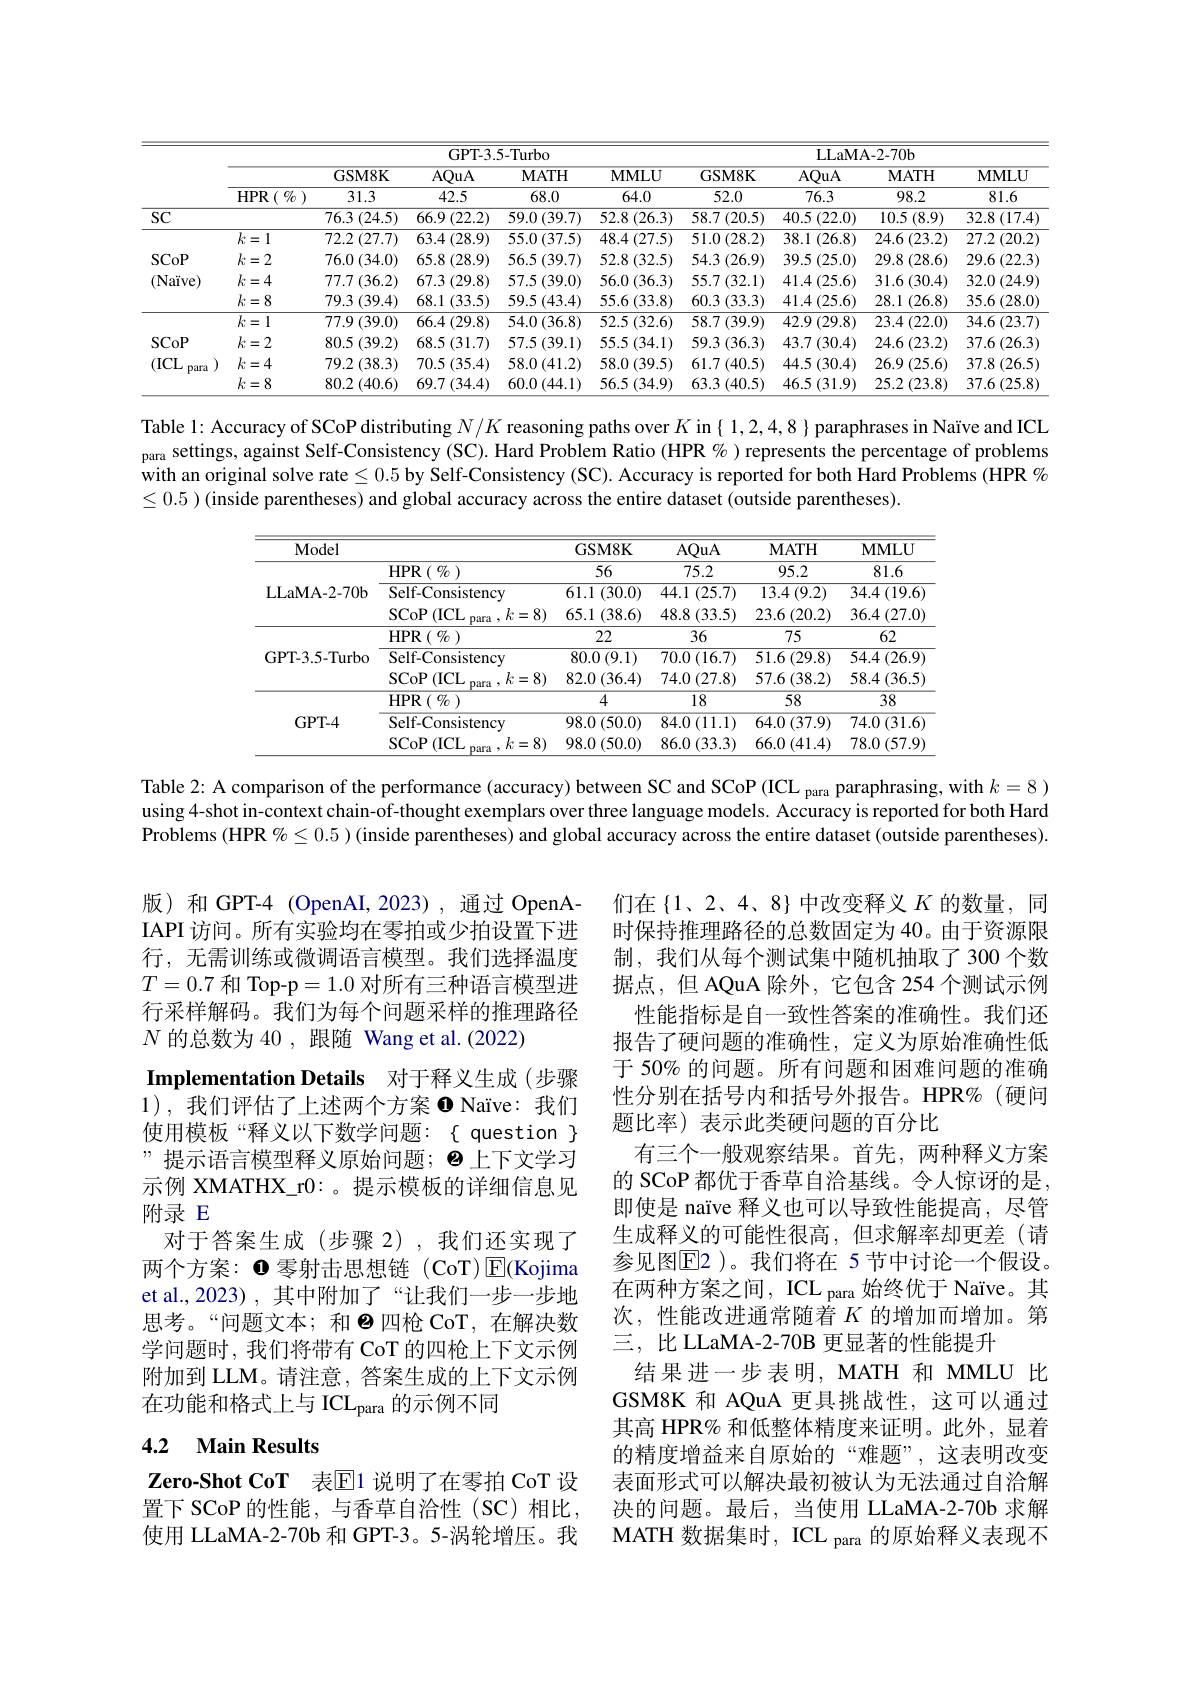
<table>
	<tbody>
		<tr>
			<th> </th>
			<th colspan="5">GPT-3.5-Turbo</th>
			<th colspan="4">LLaMA- 2- 70b</th>
		</tr>
		<tr>
			<th> </th>
			<th> </th>
			<th>GSM8K</th>
			<th>AQuA</th>
			<th>MATH</th>
			<th>MMLU</th>
			<th>GSM8K</th>
			<th>AQuA</th>
			<th>$\mathbf{MATH}$</th>
			<th>$\mathbf{MMLU}$</th>
		</tr>
		<tr>
			<th> </th>
			<th>$\operatorname{HPR}\left(\begin{array}{c}{0}\\{0}\end{array}\right)$</th>
			<th>31.3</th>
			<th>42.5</th>
			<th>68.0</th>
			<th>64.0</th>
			<th>52.0</th>
			<th>76.3</th>
			<th>98.2</th>
			<th>81.6</th>
		</tr>
		<tr>
			<td>SC</td>
			<td> </td>
			<td>76.3 (24.5)</td>
			<td>$66.9\left(22.2\right)$</td>
			<td>$59.0\left(39.7\right)$</td>
			<td>52.8 (26.3)</td>
			<td>$58.7\left(20.5\right)$</td>
			<td>40.5 (22.0) 1</td>
			<td>10.5 (8.9)</td>
			<td>32.8 (17.4]</td>
		</tr>
		<tr>
			<td> </td>
			<td>$k=1$</td>
			<td>$72.2\left(27.7\right)$</td>
			<td>$63.4\left(28.9\right)$</td>
			<td>$55.0\left(37.5\right)$</td>
			<td>$48.4\left(27.5\right)$</td>
			<td>$51.0\left(28.2\right)$</td>
			<td>38.1 (26.8)</td>
			<td>24.6 (23.2)</td>
			<td>27.2 (20.2]</td>
		</tr>
		<tr>
			<td rowspan="3">SCoP (Na$\ddot{ı }$ve)</td>
			<td>$k=2$</td>
			<td>$76.0\left(34.0\right)$</td>
			<td>65.8 (28.9)</td>
			<td>$56.5\left(39.7\right)$</td>
			<td>52.8 (32.5)</td>
			<td>54.3 (26.9)</td>
			<td>39.5 (25.0)</td>
			<td>29.8 (28.6)</td>
			<td>29.6 (22.3</td>
		</tr>
		<tr>
			<td>$k=4$</td>
			<td>$77.7\left(36.2\right)$</td>
			<td>67.3 (29.8)</td>
			<td>$57.5\left(39.0\right)$</td>
			<td>56.0 (36.3)</td>
			<td>$55.7\left(32.1\right)$</td>
			<td>$41.4\left(25.6\right)$</td>
			<td>31.6(30.4)</td>
			<td>32.0 (24.9]</td>
		</tr>
		<tr>
			<td>$k=8$</td>
			<td>79.3 (39.4) 11</td>
			<td>68.1 (33.5)</td>
			<td>$59.5\left(43.4\right)$</td>
			<td>$55.6\left(33.8\right)$</td>
			<td>60.3 (33.3)</td>
			<td>$41.4\left(25.6\right)$</td>
			<td>28.1 (26.8)</td>
			<td>$35.6\left(28.0\right]$</td>
		</tr>
		<tr>
			<td rowspan="4">SCoP (ICL para</td>
			<td>$k=1$</td>
			<td>$77.9\left(39.0\right)$</td>
			<td>$66.4\left(29.8\right)$</td>
			<td>$54.0\left(36.8\right)$</td>
			<td>52.5 (32.6)</td>
			<td>$58.7\left(39.9\right)$</td>
			<td>$42.9\left(29.8\right)$</td>
			<td>$23.4\left(22.0\right)$</td>
			<td>34.6 (23.7)</td>
		</tr>
		<tr>
			<td>$k=2$</td>
			<td>80.5 (39.2)</td>
			<td>$68.5\left(31.7\right)$</td>
			<td>$57.5\left(39.1\right)$</td>
			<td>$55.5\left(34.1\right)$</td>
			<td>59.3 (36.3)</td>
			<td>$43.7\left(30.4\right)$</td>
			<td>$24.6\left(23.2\right)$</td>
			<td>37.6 (26.3]</td>
		</tr>
		<tr>
			<td>$k=4$</td>
			<td>$79.2\left(38.3\right)$</td>
			<td>$70.5\left(35.4\right)$</td>
			<td>$58.0\left(41.2\right)$</td>
			<td>58.0 (39.5)</td>
			<td>$61.7\left(40.5\right)$</td>
			<td>44.5 (30.4)</td>
			<td>$26.9\left(25.6\right)$</td>
			<td>37.8 (26.5]</td>
		</tr>
		<tr>
			<td>$k=8$</td>
			<td>80.2 (40.6)</td>
			<td>$69.7\left(34.4\right)$</td>
			<td>$60.0\left(44.1\right)$</td>
			<td>56.5 (34.9)</td>
			<td>63.3 (40.5)</td>
			<td>46.5 (31.9)</td>
			<td>25.2 (23.8)</td>
			<td>37.6 (25.8</td>
		</tr>
	</tbody>
</table>

Table 1: Accuracy of SCoP distributing $N/K$ reasoning paths over $K$ in{ 1,2,4,8} paraphrases in Naïve and ICL para settings, against Self-Consistency (SC). Hard Problem Ratio (HPR $\%$ ) represents the percentage of problems with an original solve rate$\leq0.5$ by Self-Consistency (SC). Accuracy is reported for both Hard Problems (HPR % $\leq0.5$ )(inside parentheses) and global accuracy across the entire dataset (outside parentheses).

<table>
	<tbody>
		<tr>
			<th>Model</th>
			<th> </th>
			<th>GSM8K</th>
			<th>AQuA</th>
			<th>MATH</th>
			<th>$\mathbf{MMLU}$</th>
		</tr>
		<tr>
			<td rowspan="3">LLaMA- 2- 70b</td>
			<td>$\operatorname{HPR}\left(\begin{array}{c}{{\mathcal{O}}}\\{{\mathcal{O}}}\end{array}\right)$</td>
			<td>56</td>
			<td>75.2</td>
			<td>95.2</td>
			<td>81.6</td>
		</tr>
		<tr>
			<td>Self-Consistency</td>
			<td>61.1 (30.0)</td>
			<td>44.1 (25.7)</td>
			<td>$13.4\left(9.2\right)$</td>
			<td>$34.4\left(19.6\right)$</td>
		</tr>
		<tr>
			<td>SCoP$\left ( \mathrm{ICL}\right )$ $,k=8)$ mara</td>
			<td>65.1 (38.6)</td>
			<td>48.8 (33.5)</td>
			<td>23.6 (20.2)</td>
			<td>$36.4\left(27.0\right.$</td>
		</tr>
		<tr>
			<td rowspan="3">GPT-3.5-Turbo</td>
			<td>${\mathrm{HPR}}\left(\begin{array}{c}{{\%}}\end{array}\right)$</td>
			<td>22</td>
			<td>36</td>
			<td>75</td>
			<td>62</td>
		</tr>
		<tr>
			<td>Self-Consistency</td>
			<td>$80.0\left(9.1\right)$</td>
			<td>$70.0\left(16.7\right)$</td>
			<td>$51.6\left(29.8\right)$</td>
			<td>$54.4\left(26.9\right.$</td>
		</tr>
		<tr>
			<td>SCoP 1 (ICL $,k=8)$ mara</td>
			<td>$82.0\left(36.4\right)$</td>
			<td>74.0 (27.8)</td>
			<td>57.6 (38.2)</td>
			<td>$58.4\left(36.5\right)$</td>
		</tr>
		<tr>
			<td rowspan="3">GPT- 4</td>
			<td>$\operatorname{HPR}\left(\begin{array}{c}{{\mathcal{U}}}\\{{\mathcal{U}}}\end{array}\right)$</td>
			<td>4</td>
			<td>18</td>
			<td>58</td>
			<td>38</td>
		</tr>
		<tr>
			<td>Self-Consistency</td>
			<td>$98.0\left(50.0\right)$</td>
			<td>$84.0\left(11.1\right)$</td>
			<td>$64.0\left(37.9\right)$</td>
			<td>74.0 (31.6</td>
		</tr>
		<tr>
			<td>SCoP 31 (ICL $,k=8)$</td>
			<td>98.0 (50.0)</td>
			<td>86.0 (33.3)</td>
			<td>66.0 (41.4)</td>
			<td>78.0 (57.9</td>
		</tr>
	</tbody>
</table>

Table 2: A comparison of the performance (accuracy) between SC and SCoP (ICL para paraphrasing, with $k=8$ ) using 4-shot in-context chain-of-thought exemplars over three language models. Accuracy is reported for both Hard Problems (HPR $\%\leq0.5$ )(inside parentheses) and global accuracy across the entire dataset (outside parentheses).

版)和 GPT-4 (OpenAI,2023),通过 OpenAIAPI 访问。所有实验均在零拍或少拍设置下进行，无需训练或微调语言模型。我们选择温度$T=0.7$和 Top-p=1.0对所有三种语言模型进行采样解码。我们为每个问题采样的推理路径$N$的总数为 40 ,跟随 Wang et al.(2022)
Implementation Details 对于释义生成(步骤1),我们评估了上述两个方案$\bullet$ Naïve:我们使用模板“释义以下数学问题：{question} ”提示语言模型释义原始问题；◉上下文学习示例 XMATHX\_r0:。提示模板的详细信息见附录 E
对于答案生成(步骤 2),我们还实现了两个方案：0零射击思想链(CoT)$\overline{\mathrm{E}}($Kojima et al.,2023) , 其中附加了“让我们一步一步地思考。“问题文本；和$\Theta$四枪 CoT,在解决数学问题时，我们将带有 CoT 的四枪上下文示例附加到 LLM。请注意，答案生成的上下文示例在功能和格式上与 ICL$_\mathrm{para}$的示例不同

们在{1、2、4、8}中改变释义$K$的数量，同时保持推理路径的总数固定为 40。由于资源限制，我们从每个测试集中随机抽取了300个数据点，但 AQuA 除外，它包含 254 个测试示例性能指标是自一致性答案的准确性。我们还报告了硬问题的准确性，定义为原始准确性低于 50% 的问题。所有问题和困难问题的准确性分别在括号内和括号外报告。HPR%(硬问题比率)表示此类硬问题的百分比
有三个一般观察结果。首先，两种释义方案的 SCoP 都优于香草自洽基线。令人惊讶的是即使是 naïve 释义也可以导致性能提高，尽管生成释义的可能性很高，但求解率却更差(请参见图$\overline{\mathrm{E}}$2)。我们将在 5节中讨论一个假设。在两种方案之间，ICL para 始终优于 Naïve。其次，性能改进通常随着$K$的增加而增加。第三，比LLaMA-2-70B 更显著的性能提升
结果进一步表明，MATH 和 MMLU 比GSM8K 和 AQuA 更具挑战性，这可以通过其高 HPR% 和低整体精度来证明。此外，显着的精度增益来自原始的“难题”,这表明改变表面形式可以解决最初被认为无法通过自洽解决的问题。最后，当使用 LLaMA-2-70b 求解MATH 数据集时，ICL para 的原始释义表现不

## 4.2 Main Results

Zero-Shot CoT 表$\mathbb{E}$1 说明了在零拍 CoT 设置下 SCoP 的性能，与香草自洽性(SC)相比， 使用 LLaMA-2-70b 和 GPT-3。5-涡轮增压。我